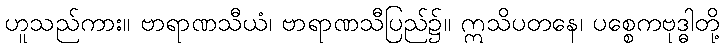
ဟူသည်ကား။ ဗာရာဏသီယံ၊ ဗာရာဏသီပြည်၌။ ဣသိပတနေ၊ ပစ္စေကဗုဒ္ဓါတို့